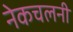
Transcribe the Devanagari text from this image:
नेकचलनी